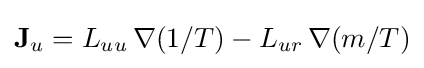
\mathbf {J} _{u}=L_{uu}\,\nabla (1/T)-L_{ur}\,\nabla (m/T)